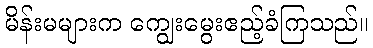
မိန်းမများက ကျွေးမွေးဧည့်ခံကြသည်။